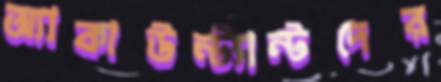
অ্যাকাউন্ট্যান্টদের